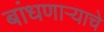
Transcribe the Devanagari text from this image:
बांधणार्‍याचे